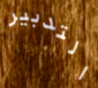
التدبير